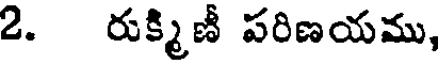
2. రుక్మిణీ పరిణయము,